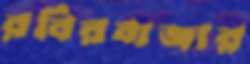
রবিরবাজার